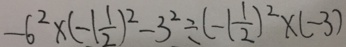
- 6 ^ { 2 } \times ( - 1 \frac { 1 } { 2 } ) ^ { 2 } - 3 ^ { 2 } \div ( - 1 \frac { 1 } { 2 } ) ^ { 2 } \times ( - 3 )